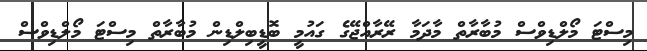
މިސްޓަ މޯލްޑިވްސް މުބާރާތް މާދަމާ ރޭރާއްޖޭގެ ގައުމީ ބޮޑީބިލްޑިން މުބާރާތް މިސްޓަ މޯލްޑިވްސް